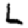
Digit: 2